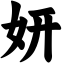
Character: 妍